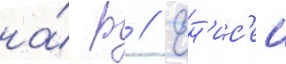
на́ р // Ен'ис'еи